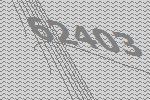
62403